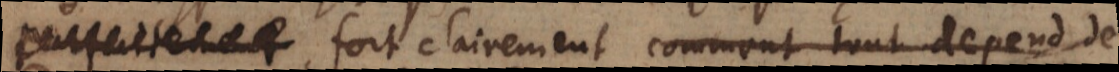
parfaitement fort clairement comment tout depend de